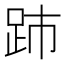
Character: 䟛